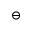
\ominus